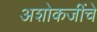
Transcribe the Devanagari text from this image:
अशोकजींचे